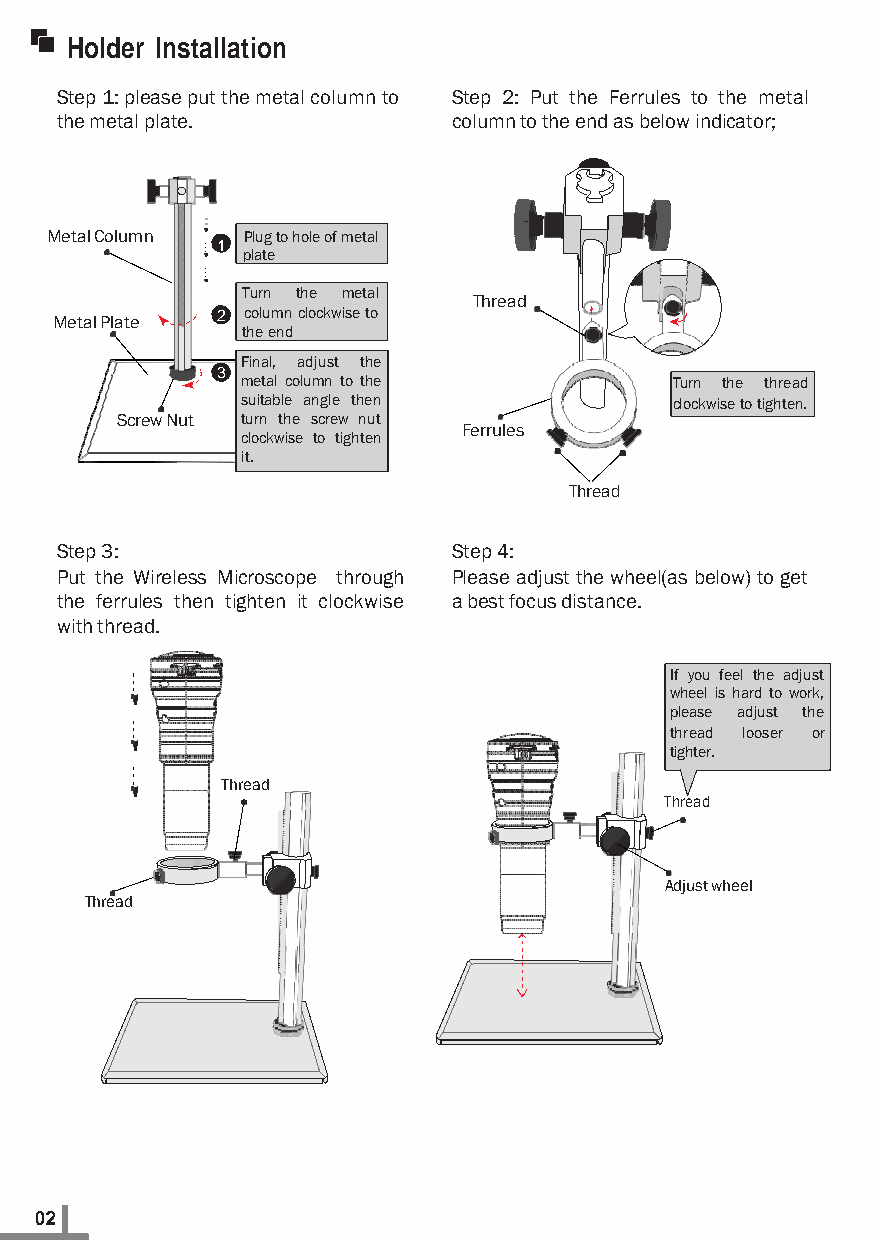
Holder Installation
 Step 1: please put the metal column to Step 2: Put the Ferrules to the metal
 the metal plate.          column to the end as below indicator;
 Metal Column
 1
 Plug to hole of metal
 plate
 Turn the metal
 Thread
 Metal Plate 2 column clockwise to
 the end
 Final, adjust the
 3
 metal column to the         Turn the thread
 suitable angle then         clockwise to tighten.
 Screw Nut turn the screw nut
 Ferrules
 clockwise to tighten
 it.
 Thread
 Step 3:                   Step 4:
 Put the Wireless Microscope through Please adjust the wheel(as below) to get
 the ferrules then tighten it clockwise a best focus distance.
 with thread.
 If you feel the adjust
 wheel is hard to work,
 please adjust the
 thread looser or
 tighter.
 Thread
 Thread
 Adjust wheel
 Thread